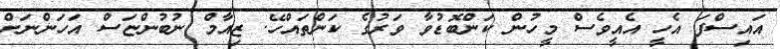
އައިސްފަ އެހީ އެއީވެސް މީހުން ކަންބޮޑުވާ ވަރުގެ ކަންތައްހޭ. ޒިއާމް ނުބުންޏަސް އަހަންނަށް